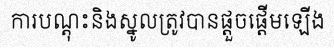
ការបណ្តុះនិងស្នូលត្រូវបានផ្តួចផ្តើមឡើង